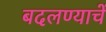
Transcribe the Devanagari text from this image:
बदलण्याचें